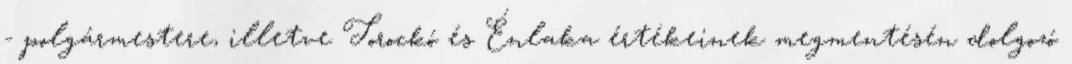
- polgármestere, illetve Torockó és Énlaka értékeinek megmentésén dolgozó